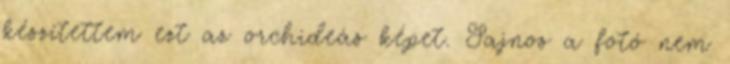
készítettem ezt az orchideás képet. Sajnos a fotó nem